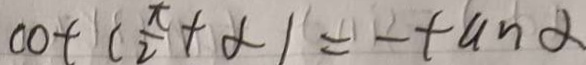
\cot ( \frac { \pi } { 2 } + \alpha ) = - \tan \alpha